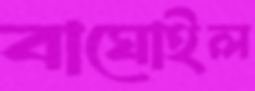
বাঘোইল